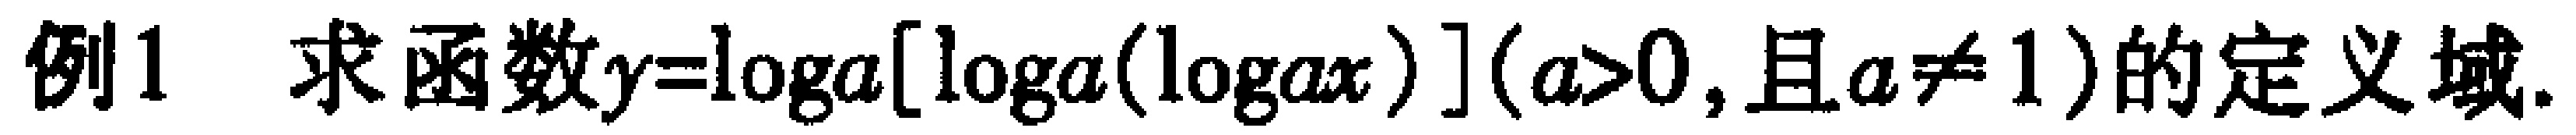
例1 求函数\(y = \log_a[\log_a(\log_ax)](a > 0,且a\neq1)\)的定义域.